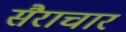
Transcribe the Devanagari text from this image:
सैराचार